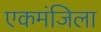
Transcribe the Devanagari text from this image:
एकमंजिला